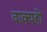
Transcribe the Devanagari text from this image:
वाक्यही